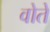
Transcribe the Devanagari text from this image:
वोते